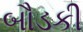
બૌડકી